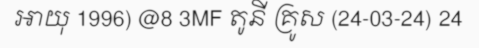
អាយុ 1996) @8 3MF តូនី គ្រូស (24-03-24) 24